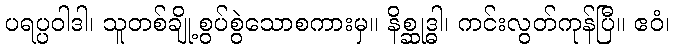
ပရပ္ပဝါဒါ၊ သူတစ်ချို့စွပ်စွဲသောစကားမှ။ နိစ္ဆုဒ္ဓါ၊ ကင်းလွတ်ကုန်ပြီ။ ဧဝံ၊